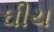
ઘીચ